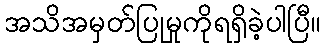
အသိအမှတ်ပြုမှုကိုရရှိခဲ့ပါပြီ။